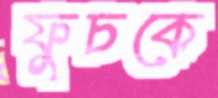
ফুচকে